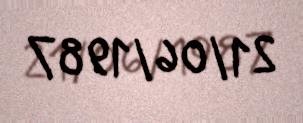
21/06/1987